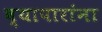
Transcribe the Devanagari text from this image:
व्यापारांना